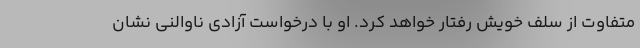
متفاوت از سلف خویش رفتار خواهد کرد. او با درخواست آزادی ناوالنی نشان